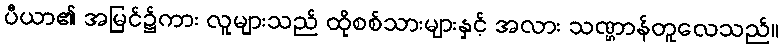
ပီယာ၏ အမြင်၌ကား လူများသည် ထိုစစ်သားများနှင့် အလား သဏ္ဌာန်တူလေသည်။